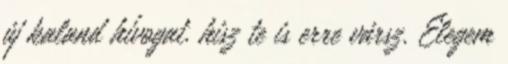
új kaland hívogat. hisz te is erre vársz. Elegem